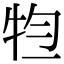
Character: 𤙊